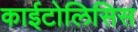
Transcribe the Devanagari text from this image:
काईटोलिसिस